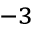
^ { - 3 }